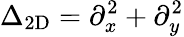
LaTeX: \Delta_{\mathrm{2D}}=\partial_{x}^{2}+\partial_{y}^{2}